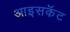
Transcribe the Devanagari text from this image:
आइसकॅट